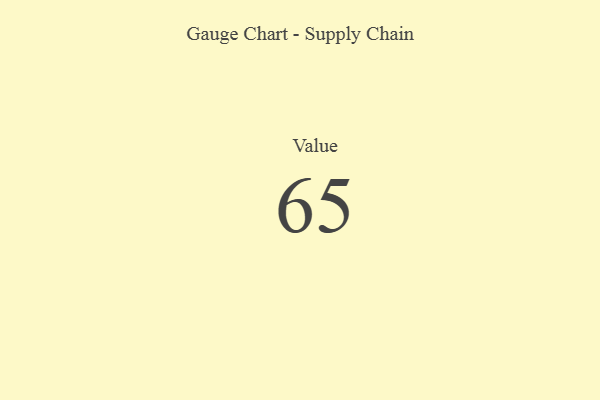
{"axis": {"x": "Metric", "y": "Value"}, "legend": [""], "data": [{"x": "Value", "y": 65, "type": ""}]}